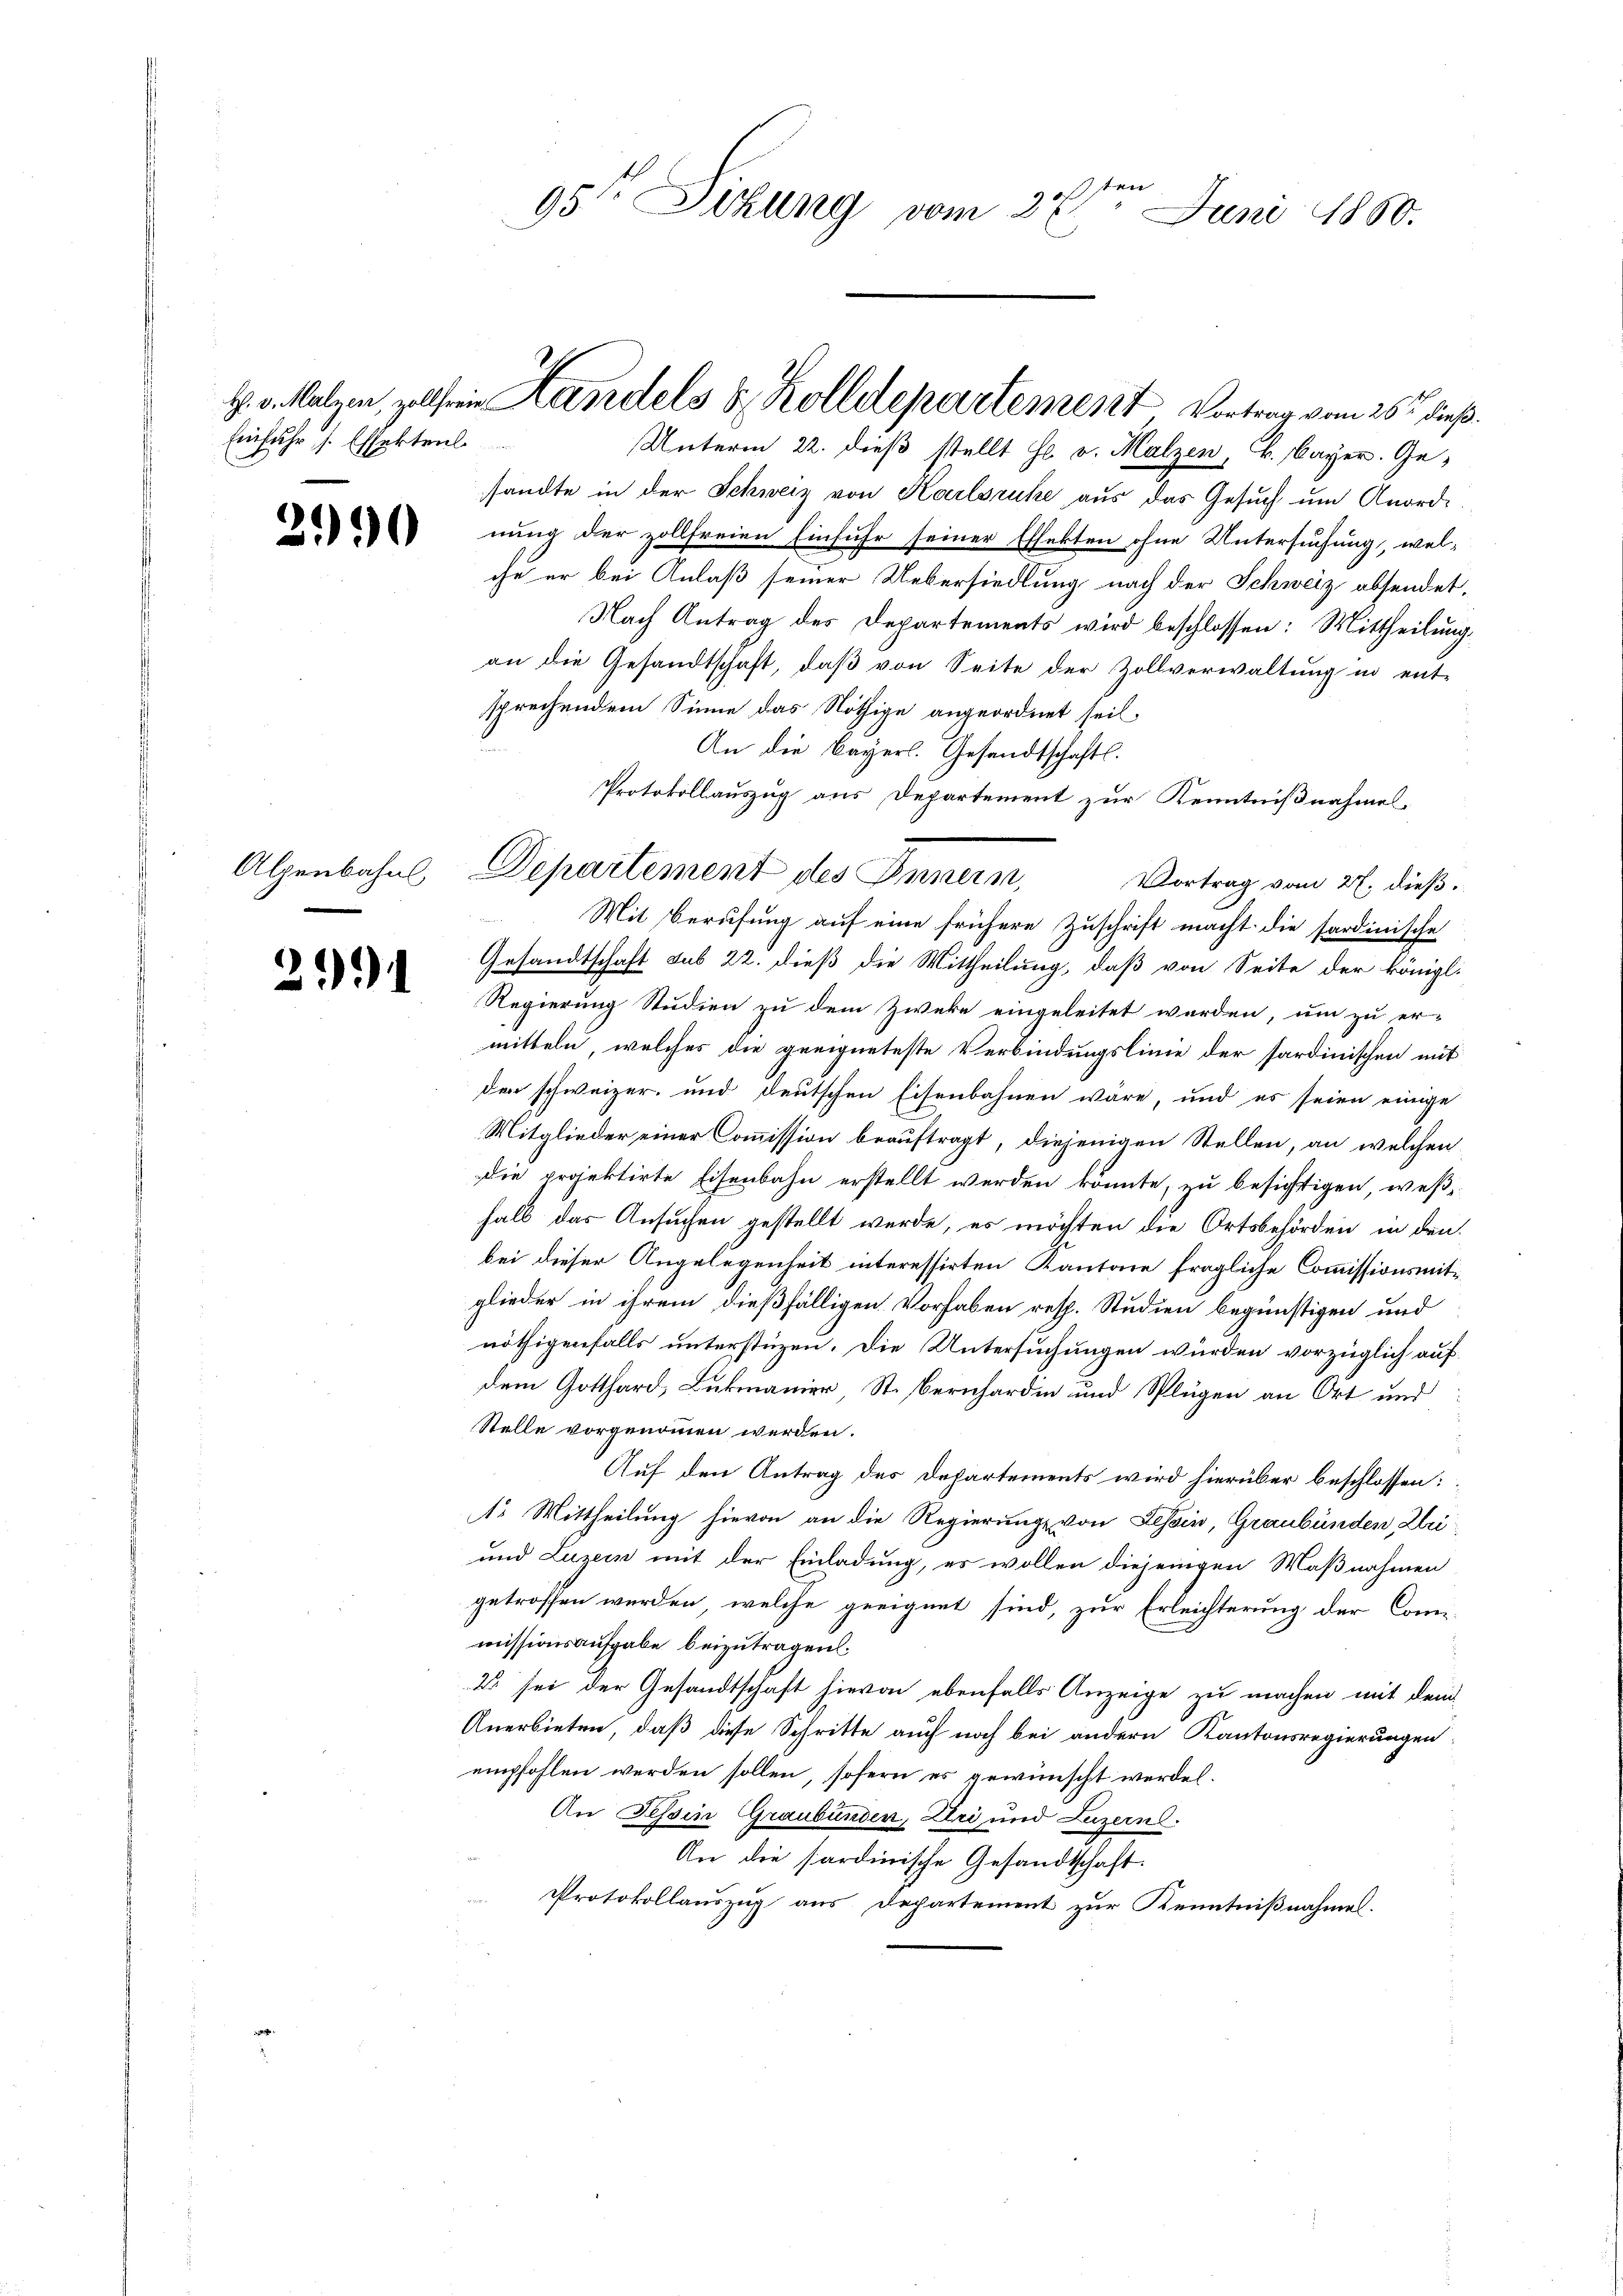
Einfuhr s. Essektenl

2990

Alpenbahns

29)

Unterm 22. dieß stellt Hr. v. Malzen, K. Bayer. Gesandte in der Schweiz von Karlsruhe aus das Gesuch um Anordnung der zollfreien Einfuhr seiner Effekten ohne Untersuchung, welche er bei Anlaß seiner Uebersiedlung nach der Schweiz absendet.
Nach Antrag des Departements wird beschlossen: Mittheilung,
an die Gesandtschaft, daß von Seite der Zollverwaltung in ent-
sprechendem Sinne das Nöthige angeordnet seit
An die Bayers. Gesandtschaftl.
Protokollauszug aus Departement zur Kenntnißnahmes
Vortrag vom 27. dieß.
Mit Berufung auf eine frühere Zuschrift macht die sardinische
Gesandtschaft sub 22. dieß die Mittheilung, daß von Seite der königl.
Regierung Studien zu dem Zwecke eingeleitet werden, um zu er-
mitteln, welches die geeigneteste Verbindungslinie der sardinischen mit
den schweizer und deutschen Eisenbahnen wäre, und es seien einige
Mitglieder einer Commission beauftragt, diejenigen Stellen, an welchen
die projektirte Eisenbahn erstellt werden könnte, zu besichtigen, weßhalb das Ansuchen gestellt werde, es möchten die Ortsbehörden in den
bei dieser Angelegenheit interessirten Kantone fragliche Commissionsmitglieder in ihrem dießfälligen Vorhaben resp. Studien begünstigen und
nöthigenfalls unterstüzen. Die Untersuchungen würden vorzüglich aufdem Gotthard, Lukmanier, St. Bernhardin und Splügen an Ort und
Stelle vorgenommen werden.
Auf den Antrag des Departements wird hierüber beschlossen:
1. Mittheilung hievon an die Regierung von Tessin, Graubünden, Zei
und Luzern mit der Einladung, es wollen diejenigen Maßnahmen
getroffen werden, welche geeignet sind, zur Erleichterung der Com-
missionsaufgabe beizutragen.
2 sei der Gesandtschaft hievon ebenfalls Anzeige zu machen mit dem
Anerbieten, daß diese Schritte auch noch bei andern Kantonsregierungen
empfohlen werden sollen, sofern es gewünscht werden.
An Tessin Graubünden, Uri und Luzern.
An die Sardinische Gesandtschaft.
Protokollauszug aus Departement zur Kenntnißnahmen.

95te Sitzung vom 27ten Juni 1850.

H. d. Malzen, zollsein Handels z. Zolldepartement Vortrag vom 25ten dieß.

Departement des Innern,